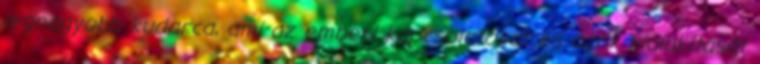
legnagyobb kudarca, ami az emberi kapcsolatokat és azok kialakítását